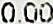
0.00